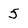
Character: 5